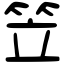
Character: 笠